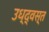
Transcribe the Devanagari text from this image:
उध्द्वस्त